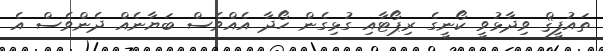
ތައުފީޤް ވިދާޅުވީ ކޯނީގެ ރިޕޯޓާއި ގުޅިގެން ހޯދާ އެއްވެސް ބަޔާނެއް ދެންވެސް އެ